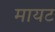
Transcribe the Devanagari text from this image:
मायट